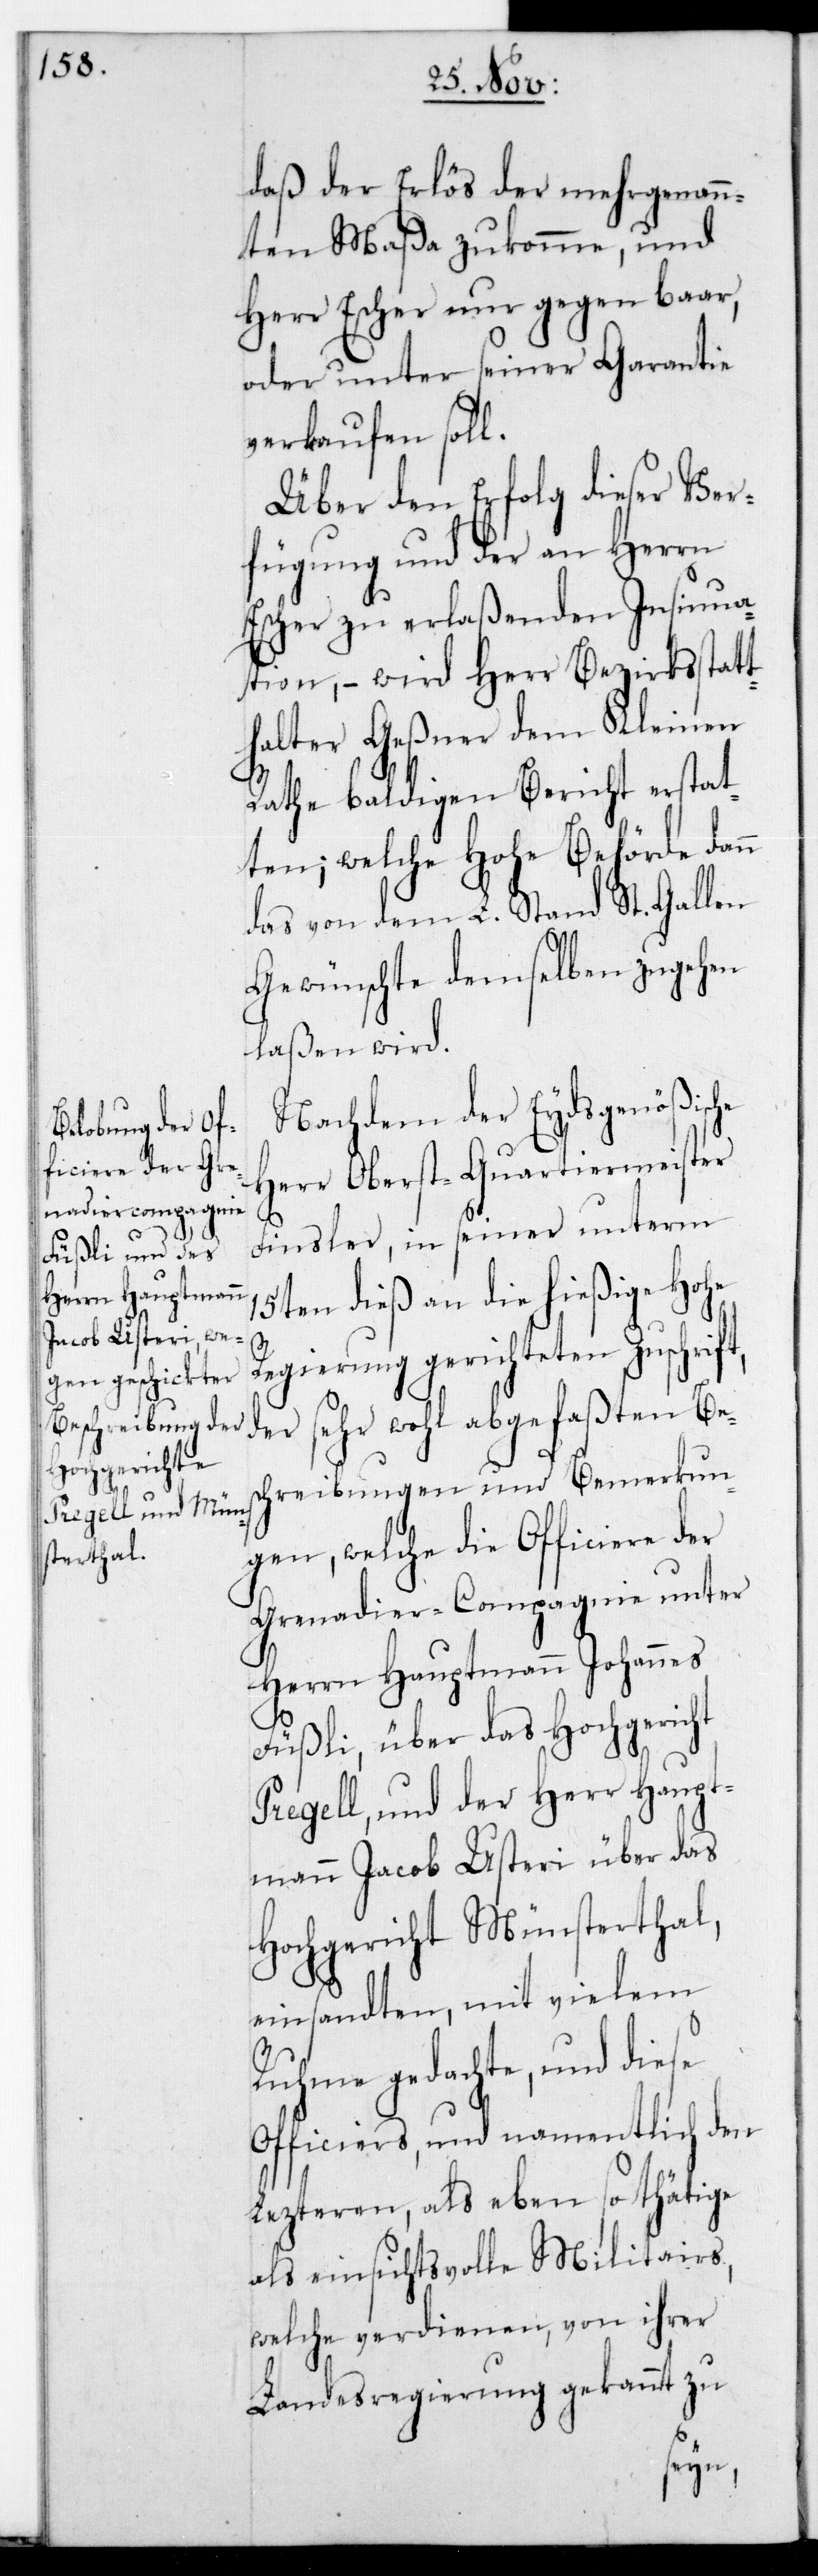
daß der Erlös der mehrgenann¬
ten Maßa zukomme, und
Herr Escher nur gegen baar,
oder unter seiner Garantie
verkaufen soll.
Über den Erfolg dieser Ver¬
fügung und der an Herrn
Escher zu erlaßenden Insinua¬
tion, – wird Herr Bezirksstatt¬
halter Geßner dem Kleinen
Rathe baldigen Bericht erstat¬
ten; welche Hohe Behörde dann
das von dem L. Stand St. Gallen
Gewünschte demselben zugehen
laßen wird.
Nachdem der Eydsgenößische
Herr Oberstquartiermeister
Finsler, in seiner unterm
15ten dieß an die hießige Hohe
Regierung gerichteten Zuschrift,
sehr wohl abgefaßten Be¬
der
schreibungen und Bemerkun¬
gen, welche die Officiere der
Grenadier-Compagnie unter
Herrn Hauptmann Johannes
Füßli, über das Hochgericht
Pregell, und der Herr Haupt¬
mann Jacob Usteri über das
Hochgericht Münsterthal
einsandten, mit vielem
Ruhme gedachte, und diese
Officiers und namentlich den
Lezteren, als eben so thätige
als einsichtsvolle Militairs
welche verdienen, von ihrer
Landesregierung gekannt zu